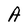
Character: A